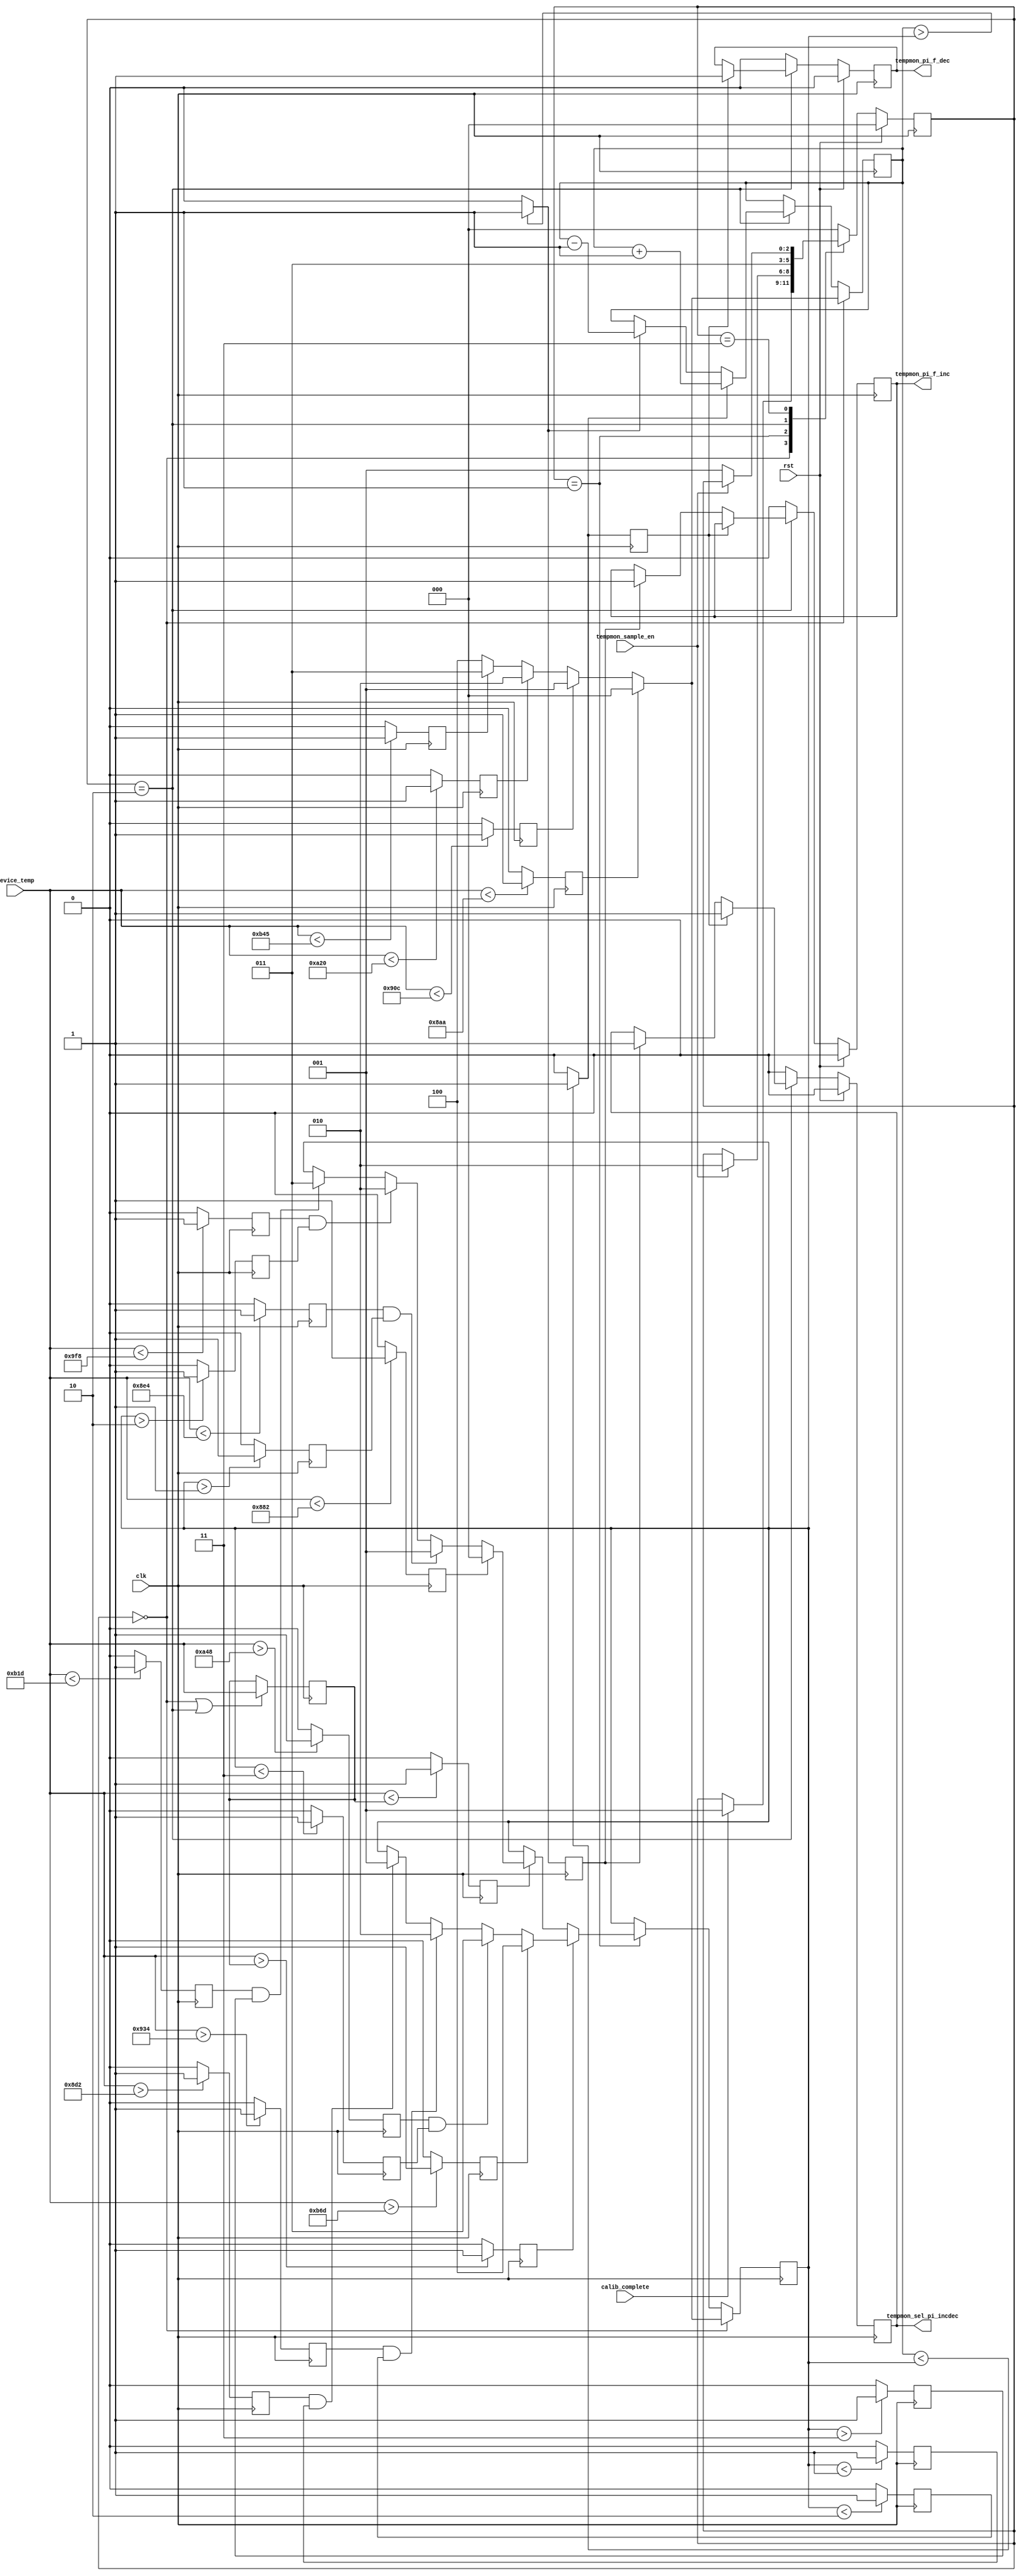
//*****************************************************************************
// (c) Copyright 2008 - 2013 Xilinx, Inc. All rights reserved.
//
// This file contains confidential and proprietary information
// of Xilinx, Inc. and is protected under U.S. and
// international copyright and other intellectual property
// laws.
//
// DISCLAIMER
// This disclaimer is not a license and does not grant any
// rights to the materials distributed herewith. Except as
// otherwise provided in a valid license issued to you by
// Xilinx, and to the maximum extent permitted by applicable
// law: (1) THESE MATERIALS ARE MADE AVAILABLE "AS IS" AND
// WITH ALL FAULTS, AND XILINX HEREBY DISCLAIMS ALL WARRANTIES
// AND CONDITIONS, EXPRESS, IMPLIED, OR STATUTORY, INCLUDING
// BUT NOT LIMITED TO WARRANTIES OF MERCHANTABILITY, NON-
// INFRINGEMENT, OR FITNESS FOR ANY PARTICULAR PURPOSE; and
// (2) Xilinx shall not be liable (whether in contract or tort,
// including negligence, or under any other theory of
// liability) for any loss or damage of any kind or nature
// related to, arising under or in connection with these
// materials, including for any direct, or any indirect,
// special, incidental, or consequential loss or damage
// (including loss of data, profits, goodwill, or any type of
// loss or damage suffered as a result of any action brought
// by a third party) even if such damage or loss was
// reasonably foreseeable or Xilinx had been advised of the
// possibility of the same.
//
// CRITICAL APPLICATIONS
// Xilinx products are not designed or intended to be fail-
// safe, or for use in any application requiring fail-safe
// performance, such as life-support or safety devices or
// systems, Class III medical devices, nuclear facilities,
// applications related to the deployment of airbags, or any
// other applications that could lead to death, personal
// injury, or severe property or environmental damage
// (individually and collectively, "Critical
// Applications"). Customer assumes the sole risk and
// liability of any use of Xilinx products in Critical
// Applications, subject only to applicable laws and
// regulations governing limitations on product liability.
//
// THIS COPYRIGHT NOTICE AND DISCLAIMER MUST BE RETAINED AS
// PART OF THIS FILE AT ALL TIMES.
//
//*****************************************************************************
//   ____  ____
//  /   /\/   /
// /___/  \  /    Vendor                : Xilinx
// \   \   \/     Version               : %version
//  \   \         Application           : MIG
//  /   /         Filename              : mig_7series_v1_9_ddr_phy_tempmon.v
// /___/   /\     Date Last Modified    : $date$
// \   \  /  \    Date Created          : Jul 25 2012
//  \___\/\___\
//
//Device            : 7 Series
//Design Name       : DDR3 SDRAM
//Purpose           : Monitors chip temperature via the XADC and adjusts the
//                    stage 2 tap values as appropriate.
//Reference         :
//Revision History  :
//*****************************************************************************

`timescale 1 ps / 1 ps

module mig_7series_v1_9_ddr_phy_tempmon #
(
  parameter TCQ             = 100,      // Register delay (simulation only)
  // Temperature bands must be in order. To disable bands, set to extreme.
  parameter BAND1_TEMP_MIN  = 0,        // Degrees C. Min=-273. Max=231
  parameter BAND2_TEMP_MIN  = 12,       // Degrees C. Min=-273. Max=231
  parameter BAND3_TEMP_MIN  = 46,       // Degrees C. Min=-273. Max=231
  parameter BAND4_TEMP_MIN  = 82,       // Degrees C. Min=-273. Max=231
  parameter TEMP_HYST       = 5
)
(
  input           clk,                  // Fabric clock
  input           rst,                  // System reset
  input           calib_complete,       // Calibration complete
  input           tempmon_sample_en,    // Signal to enable sampling
  input   [11:0]  device_temp,          // Current device temperature
  output          tempmon_pi_f_inc,     // Increment PHASER_IN taps
  output          tempmon_pi_f_dec,     // Decrement PHASER_IN taps
  output          tempmon_sel_pi_incdec // Assume control of PHASER_IN taps
);

  // translate hysteresis into XADC units
  localparam HYST_OFFSET = (TEMP_HYST * 4096) / 504;

  // translate band boundaries into XADC units
  localparam BAND1_OFFSET = ((BAND1_TEMP_MIN + 273) * 4096) / 504;
  localparam BAND2_OFFSET = ((BAND2_TEMP_MIN + 273) * 4096) / 504;
  localparam BAND3_OFFSET = ((BAND3_TEMP_MIN + 273) * 4096) / 504;
  localparam BAND4_OFFSET = ((BAND4_TEMP_MIN + 273) * 4096) / 504;

  // incorporate hysteresis into band boundaries
  localparam BAND0_DEC_OFFSET =
    BAND1_OFFSET - HYST_OFFSET > 0    ? BAND1_OFFSET - HYST_OFFSET : 0    ;
  localparam BAND1_INC_OFFSET =
    BAND1_OFFSET + HYST_OFFSET < 4096 ? BAND1_OFFSET + HYST_OFFSET : 4096 ;
  localparam BAND1_DEC_OFFSET =
    BAND2_OFFSET - HYST_OFFSET > 0    ? BAND2_OFFSET - HYST_OFFSET : 0    ;
  localparam BAND2_INC_OFFSET =
    BAND2_OFFSET + HYST_OFFSET < 4096 ? BAND2_OFFSET + HYST_OFFSET : 4096 ;
  localparam BAND2_DEC_OFFSET =
    BAND3_OFFSET - HYST_OFFSET > 0    ? BAND3_OFFSET - HYST_OFFSET : 0    ;
  localparam BAND3_INC_OFFSET =
    BAND3_OFFSET + HYST_OFFSET < 4096 ? BAND3_OFFSET + HYST_OFFSET : 4096 ;
  localparam BAND3_DEC_OFFSET =
    BAND4_OFFSET - HYST_OFFSET > 0    ? BAND4_OFFSET - HYST_OFFSET : 0    ;
  localparam BAND4_INC_OFFSET =
    BAND4_OFFSET + HYST_OFFSET < 4096 ? BAND4_OFFSET + HYST_OFFSET : 4096 ;

  // Temperature sampler FSM encoding
  localparam INIT   = 2'b00;
  localparam IDLE   = 2'b01;
  localparam UPDATE = 2'b10;
  localparam WAIT   = 2'b11;

  // Temperature sampler state
  reg [2:0]                       tempmon_state       = INIT;
  reg [2:0]                       tempmon_next_state  = INIT;

  // Temperature storage
  reg   [11:0]                    previous_temp     = 12'b0;

  // Temperature bands
  reg [2:0]                       target_band       = 3'b000;
  reg [2:0]                       current_band      = 3'b000;

  // Tap count and control
  reg                             pi_f_inc          = 1'b0;
  reg                             pi_f_dec          = 1'b0;
  reg                             sel_pi_incdec     = 1'b0;

  // Temperature and band comparisons
  reg                             device_temp_lt_previous_temp = 1'b0;
  reg                             device_temp_gt_previous_temp = 1'b0;

  reg                             device_temp_lt_band1 = 1'b0;
  reg                             device_temp_lt_band2 = 1'b0;
  reg                             device_temp_lt_band3 = 1'b0;
  reg                             device_temp_lt_band4 = 1'b0;

  reg                             device_temp_lt_band0_dec = 1'b0;
  reg                             device_temp_lt_band1_dec = 1'b0;
  reg                             device_temp_lt_band2_dec = 1'b0;
  reg                             device_temp_lt_band3_dec = 1'b0;

  reg                             device_temp_gt_band1_inc = 1'b0;
  reg                             device_temp_gt_band2_inc = 1'b0;
  reg                             device_temp_gt_band3_inc = 1'b0;
  reg                             device_temp_gt_band4_inc = 1'b0;

  reg                             current_band_lt_target_band = 1'b0;
  reg                             current_band_gt_target_band = 1'b0;

  reg                             target_band_gt_1 = 1'b0;
  reg                             target_band_gt_2 = 1'b0;
  reg                             target_band_gt_3 = 1'b0;

  reg                             target_band_lt_1 = 1'b0;
  reg                             target_band_lt_2 = 1'b0;
  reg                             target_band_lt_3 = 1'b0;

  // Pass tap control signals back up to PHY
  assign tempmon_pi_f_inc = pi_f_inc;
  assign tempmon_pi_f_dec = pi_f_dec;
  assign tempmon_sel_pi_incdec = sel_pi_incdec;

  // XADC sampler state transition
  always @(posedge clk)
    if(rst)
      tempmon_state <= #TCQ INIT;
    else
      tempmon_state <= #TCQ tempmon_next_state;

  // XADC sampler next state transition
  always @(tempmon_state or calib_complete or tempmon_sample_en) begin

    tempmon_next_state = tempmon_state;

    case(tempmon_state)

      INIT:
        if(calib_complete)
          tempmon_next_state = IDLE;

      IDLE:
        if(tempmon_sample_en)
          tempmon_next_state = UPDATE;

      UPDATE:
        tempmon_next_state = WAIT;

      WAIT:
        if(~tempmon_sample_en)
          tempmon_next_state = IDLE;

      default:
        tempmon_next_state = INIT;

    endcase

  end

  // Record previous temperature during update cycle
  always @(posedge clk)
    if((tempmon_state == INIT) || (tempmon_state == UPDATE))
      previous_temp <= #TCQ device_temp;

  // Update target band
  always @(posedge clk) begin

    // register temperature comparisons
    device_temp_lt_previous_temp <= #TCQ (device_temp < previous_temp) ? 1'b1 : 1'b0;
    device_temp_gt_previous_temp <= #TCQ (device_temp > previous_temp) ? 1'b1 : 1'b0;     

    device_temp_lt_band1 <= #TCQ (device_temp < BAND1_OFFSET) ? 1'b1 : 1'b0;
    device_temp_lt_band2 <= #TCQ (device_temp < BAND2_OFFSET) ? 1'b1 : 1'b0;
    device_temp_lt_band3 <= #TCQ (device_temp < BAND3_OFFSET) ? 1'b1 : 1'b0;
    device_temp_lt_band4 <= #TCQ (device_temp < BAND4_OFFSET) ? 1'b1 : 1'b0;

    device_temp_lt_band0_dec <= #TCQ (device_temp < BAND0_DEC_OFFSET) ? 1'b1 : 1'b0;
    device_temp_lt_band1_dec <= #TCQ (device_temp < BAND1_DEC_OFFSET) ? 1'b1 : 1'b0;
    device_temp_lt_band2_dec <= #TCQ (device_temp < BAND2_DEC_OFFSET) ? 1'b1 : 1'b0;
    device_temp_lt_band3_dec <= #TCQ (device_temp < BAND3_DEC_OFFSET) ? 1'b1 : 1'b0;

    device_temp_gt_band1_inc <= #TCQ (device_temp > BAND1_INC_OFFSET) ? 1'b1 : 1'b0;
    device_temp_gt_band2_inc <= #TCQ (device_temp > BAND2_INC_OFFSET) ? 1'b1 : 1'b0;
    device_temp_gt_band3_inc <= #TCQ (device_temp > BAND3_INC_OFFSET) ? 1'b1 : 1'b0;
    device_temp_gt_band4_inc <= #TCQ (device_temp > BAND4_INC_OFFSET) ? 1'b1 : 1'b0;

    target_band_gt_1 <= #TCQ (target_band > 3'b001) ? 1'b1 : 1'b0;
    target_band_gt_2 <= #TCQ (target_band > 3'b010) ? 1'b1 : 1'b0;
    target_band_gt_3 <= #TCQ (target_band > 3'b011) ? 1'b1 : 1'b0;

    target_band_lt_1 <= #TCQ (target_band < 3'b001) ? 1'b1 : 1'b0;
    target_band_lt_2 <= #TCQ (target_band < 3'b010) ? 1'b1 : 1'b0;
    target_band_lt_3 <= #TCQ (target_band < 3'b011) ? 1'b1 : 1'b0;

    // Initialize band
    if(tempmon_state == INIT) begin

      if(device_temp_lt_band1)
        target_band <= #TCQ 3'b000;
      else if(device_temp_lt_band2)
        target_band <= #TCQ 3'b001;
      else if(device_temp_lt_band3)
        target_band <= #TCQ 3'b010;
      else if(device_temp_lt_band4)
        target_band <= #TCQ 3'b011;
      else
        target_band <= #TCQ 3'b100;

    end

    // Ready to update
    else if(tempmon_state == IDLE) begin

      // Temperature has increased, see if it is in a new band
      if(device_temp_gt_previous_temp) begin

        if(device_temp_gt_band4_inc)
          target_band <= #TCQ 3'b100;

        else if(device_temp_gt_band3_inc && target_band_lt_3)
          target_band <= #TCQ 3'b011;
 
        else if(device_temp_gt_band2_inc && target_band_lt_2)
          target_band <= #TCQ 3'b010;

        else if(device_temp_gt_band1_inc && target_band_lt_1)
          target_band <= #TCQ 3'b001;

      end

      // Temperature has decreased, see if it is in new band
      else if(device_temp_lt_previous_temp) begin

        if(device_temp_lt_band0_dec)
          target_band <= #TCQ 3'b000;

        else if(device_temp_lt_band1_dec && target_band_gt_1)
          target_band <= #TCQ 3'b001;

        else if(device_temp_lt_band2_dec && target_band_gt_2)
          target_band <= #TCQ 3'b010;

        else if(device_temp_lt_band3_dec && target_band_gt_3)
          target_band <= #TCQ 3'b011;

      end

    end

  end

  // Current band
  always @(posedge clk) begin

    current_band_lt_target_band = (current_band < target_band) ? 1'b1 : 1'b0;
    current_band_gt_target_band = (current_band > target_band) ? 1'b1 : 1'b0;     

    if(tempmon_state == INIT) begin

      if(device_temp_lt_band1)
        current_band <= #TCQ 3'b000;
      else if(device_temp_lt_band2)
        current_band <= #TCQ 3'b001;
      else if(device_temp_lt_band3)
        current_band <= #TCQ 3'b010;
      else if(device_temp_lt_band4)
        current_band <= #TCQ 3'b011;
      else
        current_band <= #TCQ 3'b100;

    end

    else if(tempmon_state == UPDATE) begin

      if(current_band_lt_target_band)
        current_band <= #TCQ current_band + 1;
      else if(current_band_gt_target_band)
        current_band <= #TCQ current_band - 1;

    end

  end

  // Tap control
  always @(posedge clk) begin

    if(rst) begin
      pi_f_inc <= #TCQ 1'b0;
      pi_f_dec <= #TCQ 1'b0;
      sel_pi_incdec <= #TCQ 1'b0;
    end

    else if(tempmon_state == UPDATE) begin

      if(current_band_lt_target_band) begin
        sel_pi_incdec <= #TCQ 1'b1;
        pi_f_dec <= #TCQ 1'b1;
      end

      else if(current_band_gt_target_band) begin
        sel_pi_incdec <= #TCQ 1'b1;
        pi_f_inc <= #TCQ 1'b1;
      end

    end

    else begin

      pi_f_inc <= #TCQ 1'b0;
      pi_f_dec <= #TCQ 1'b0;
      sel_pi_incdec <= #TCQ 1'b0;

    end

  end

endmodule